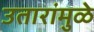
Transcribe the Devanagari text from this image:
उतारांमुळे